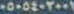
٠٥٠٥٤٠٢٠٠١